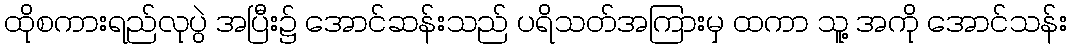
ထိုစကားရည်လုပွဲ အပြီး၌ အောင်ဆန်းသည် ပရိသတ်အကြားမှ ထကာ သူ့ အကို အောင်သန်း